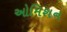
ઓમિશન